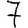
Digit: 7